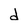
Character: d